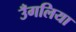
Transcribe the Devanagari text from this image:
उँगलिया